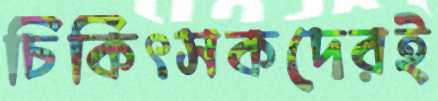
চিকিৎসকদেরই